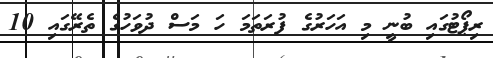
ރިޕޯޓުގައި ބުނީ މި އަހަރުގެ ފުރަތަމަ ހަ މަސް ދުވަހުގެ ތެރޭގައި 10